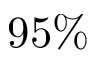
9 5 \%